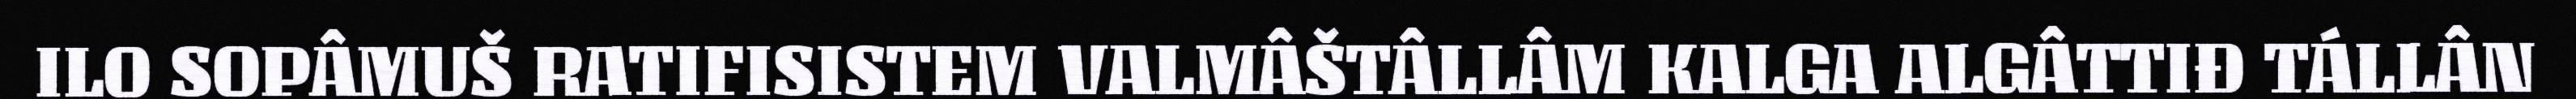
ILO SOPÂMUŠ RATIFISISTEM VALMÂŠTÂLLÂM KALGA ALGÂTTIĐ TÁLLÂN